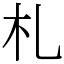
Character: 札